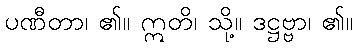
ပဏီတာ၊ ၏။ ဣတိ၊ သို့။ ဒဋ္ဌဗ္ဗာ၊ ၏။